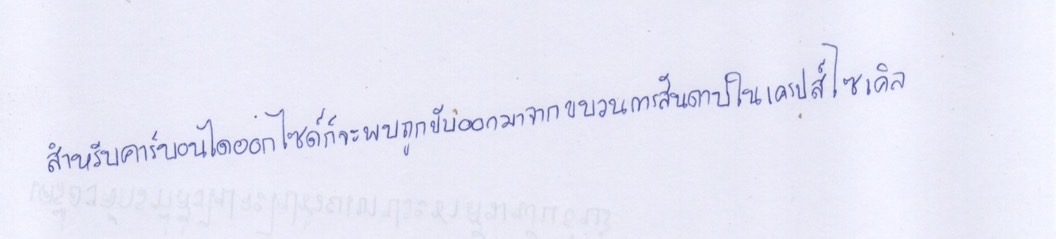
สำหรับคาร์บอนไดออกไซด์ก็จะพบถูกขับออกมาจากขบวนการสันดาปในเครปส์ไซเคิล